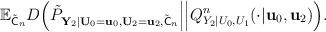
LaTeX: \begin{align*}\mathbb{E}_{\tilde{\mathsf{C}}_n}D\Big(\tilde{P}_{\mathbf{Y}_2|\mathbf{U}_0=\mathbf{u}_0,\mathbf{U}_2=\mathbf{u}_2,\tilde{\mathsf{C}}_n}\Big|\Big|Q^n_{Y_2|U_0,U_1}(\cdot|\mathbf{u}_0,\mathbf{u}_2)\Big).\end{align*}